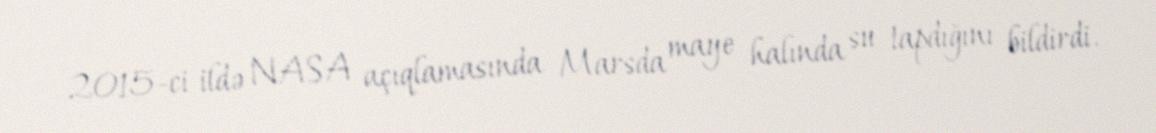
2015-ci ildə NASA açıqlamasında Marsda maye halında su tapdığını bildirdi.